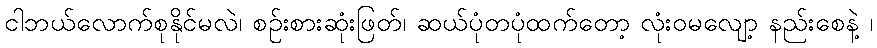
ငါဘယ်လောက်စုနိုင်မလဲ၊ စဉ်းစားဆုံးဖြတ်၊ ဆယ်ပုံတပုံထက်တော့ လုံးဝမလျော့ နည်းစေနဲ့ ၊